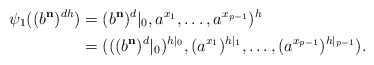
\begin{align*}\psi_1((b^{\mathbf{n}})^{dh}) &= (b^{\mathbf{n}})^d|_0, a^{x_1}, \dots, a^{x_{p-1}})^{h}\\&= (((b^{\mathbf{n}})^{d}|_0)^{h|_0}, (a^{x_1})^{h|_1}, \dots, (a^{x_{p-1}})^{h|_{p-1}}).\end{align*}